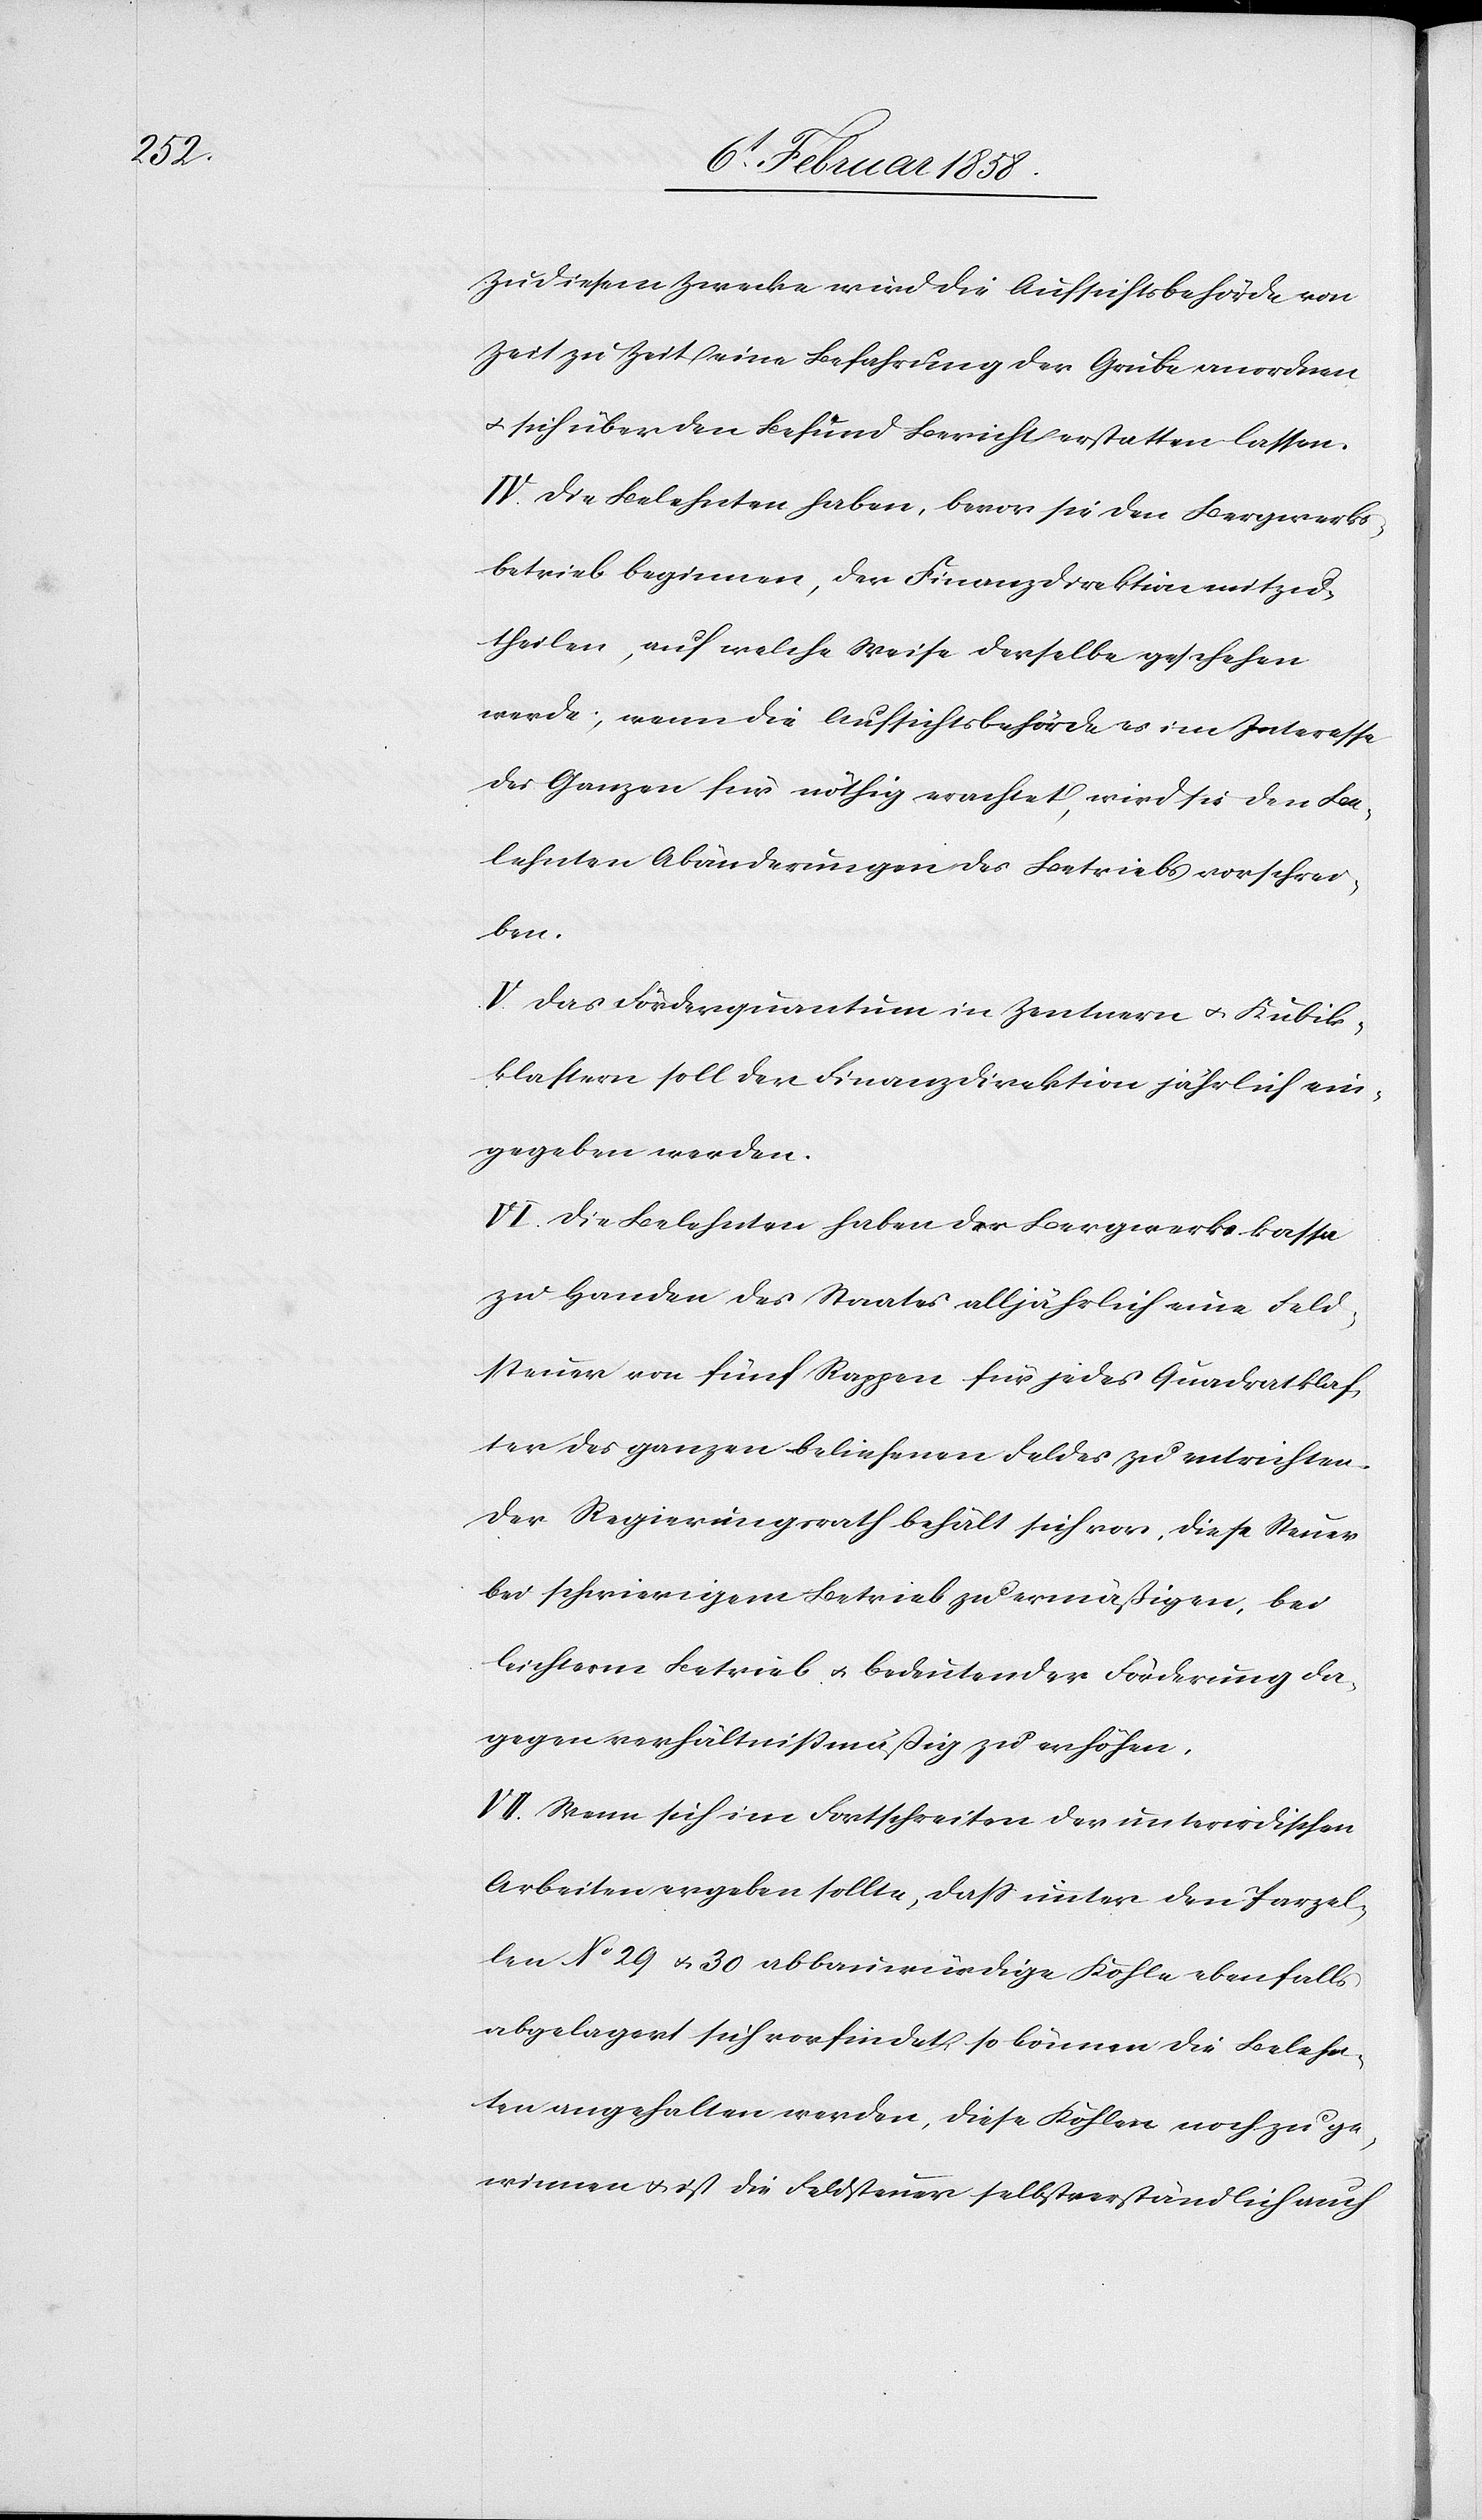
Zu diesem Zwecke wird die Aufsichtsbehörde von
Zeit zu Zeit eine Befahrung der Grube anordnen
u. sich über den Befund Bericht erstatten lassen.
IV. Die Belehnten haben, bevor sie den Bergwerks¬
betrieb beginnen, der Finanzdirektion mitzu¬
theilen, auf welche Weise derselbe geschehen
werde; wenn die Aufsichtsbehörde es im Interesse
des Ganzen für nöthig erachtet, wird sie den Be¬
lehnten Abänderungen des Betriebs vorschrei¬
ben.
V. Das Förderquantum in Zentnern u. Kubik¬
klaftern soll der Finanzdirektion jährlich ein¬
gegeben werden.
VI. Die Belehnten haben der Bergwerkskassa
zu Handen des Staates alljährlich eine Feld¬
steuer von fünf Rappen für jedes Quadratklaf¬
ter des ganzen beliehenen Feldes zu entrichten.
Der Regierungsrath behält sich vor, diese Steuer
bei schwierigem Betrieb zu ermäßigen, bei
leichtem Betrieb u. bedeutender Förderung da¬
gegen verhältnißmäßig zu erhöhen.
VII. Wenn sich im Fortschreiten der unterirdischen
Arbeiten ergeben sollte, daß unter den Parzel¬
len No 29 u. 30 abbauwürdige Kohle ebenfalls
abgelagert sich vorfindet, so können die Belehn¬
ten angehalten werden, diese Kohlen noch zu ge¬
winnen u. ist die Feldsteuer selbstverständlich auch